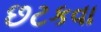
છટકવા